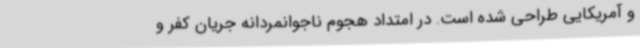
و آمریکایی طراحی شده است. در امتداد هجوم ناجوانمردانه جریان کفر و